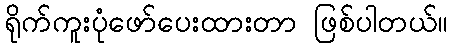
ရိုက်ကူးပုံဖော်ပေးထားတာ ဖြစ်ပါတယ်။